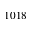
1 0 1 8